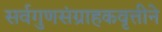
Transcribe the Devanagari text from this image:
सर्वगुणसंग्राहकवृत्तीने